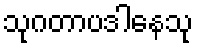
သုဂတာပဒါနေသု